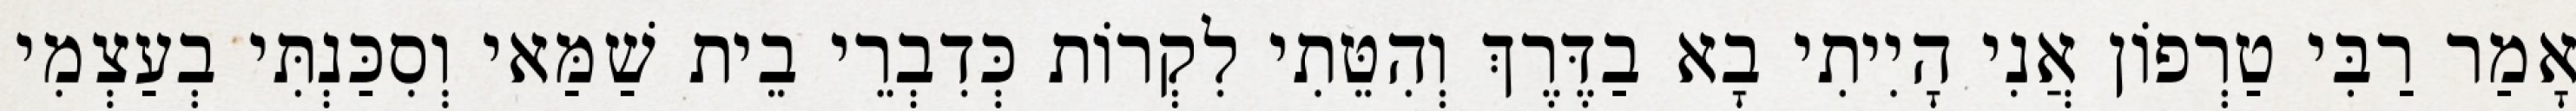
אָמַר רַבִּי טַרְפוֹן אֲנִי הָיִיתִי בָא בַדֶּרֶךְ וְהִטֵּתִי לִקְרוֹת כְּדִבְרֵי בֵית שַׁמַּאי וְסִכַּנְתִּי בְעַצְמִי